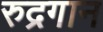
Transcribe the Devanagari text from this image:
रुद्रगान